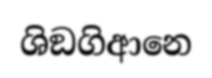
ශිඞගිආනෙ